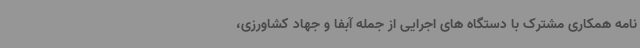
نامه همکاری مشترک با دستگاه های اجرایی از جمله آبفا و جهاد کشاورزی،